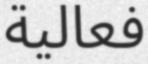
فعالية